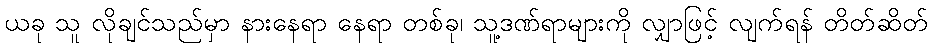
ယခု သူ လိုချင်သည်မှာ နားနေရာ နေရာ တစ်ခု၊ သူ့ဒဏ်ရာများကို လျှာဖြင့် လျက်ရန် တိတ်ဆိတ်